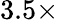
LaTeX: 3.5\times